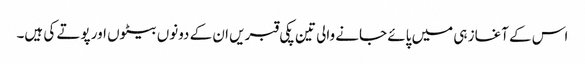
اس کے آغاز ہی میں پائے جانے والی تین پکی قبریں ان کے دونوں بیٹوں اور پوتے کی ہیں۔